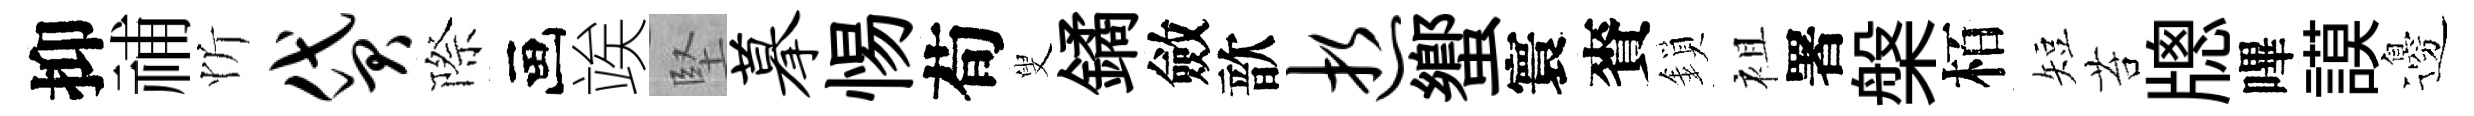
抑𥙷忻贷際画竢堅摹惕荀叟鐍斂歆逝蠁寰賚鎖袓署槃栢短苔牕嗶謨邊